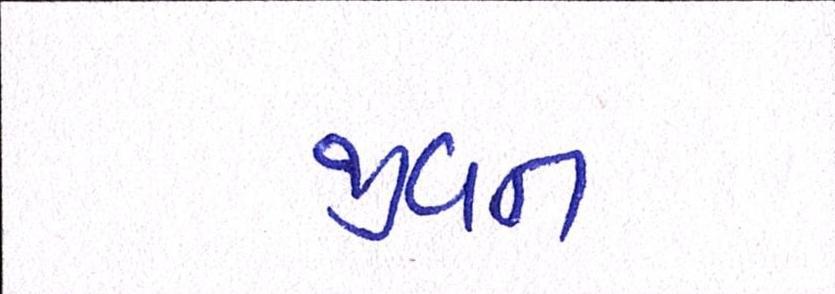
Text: જીવન